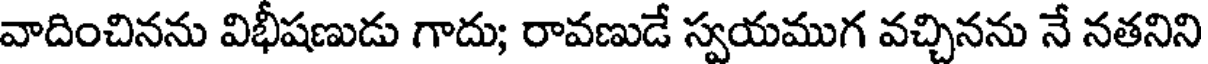
వాదించినను విభీషణుడు గాదు; రావణుడే స్వయముగ వచ్చినను నే నతనిని